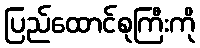
ပြည်ထောင်စုကြီးကို